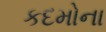
કદમોના